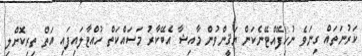
ކަރުނަތައް ގިނަވެ ނުހިފޭއްޓޭނެކަން ޔަޤީންވުން މާއިޝާ އެބޭކާރު މަސައްކަތް ހުއްޓާލައިފައި އަތް ތިރިކޮށްލި